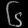
Digit: ၆